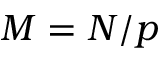
M = N / p